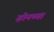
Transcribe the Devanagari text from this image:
ऱ्होनच्या